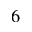
^ 6